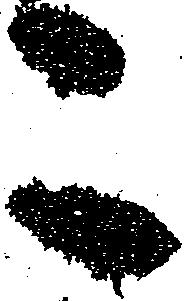
こ